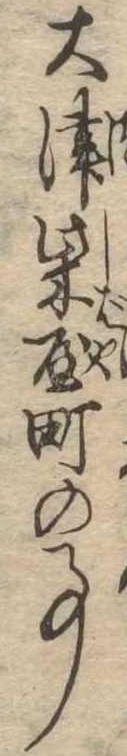
大津柴屋町の事